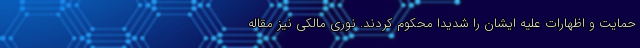
حمایت و اظهارات علیه ایشان را شدیدا محکوم کردند. نوری مالکی نیز مقاله